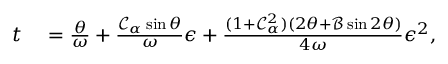
\begin{array} { r l } { t } & { { } = \frac { \theta } { \omega } + \frac { \mathcal { C } _ { \alpha } \sin \theta } { \omega } \epsilon + \frac { ( 1 + \mathcal { C } _ { \alpha } ^ { 2 } ) \left( 2 \theta + \mathcal { B } \sin 2 \theta \right) } { 4 \omega } \epsilon ^ { 2 } , } \end{array}